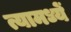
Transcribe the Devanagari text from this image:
त्यामध्यें